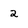
Character: 2